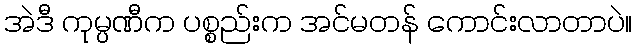
အဲဒီ ကုမ္ပဏီက ပစ္စည်းက အင်မတန် ကောင်းလာတာပဲ။